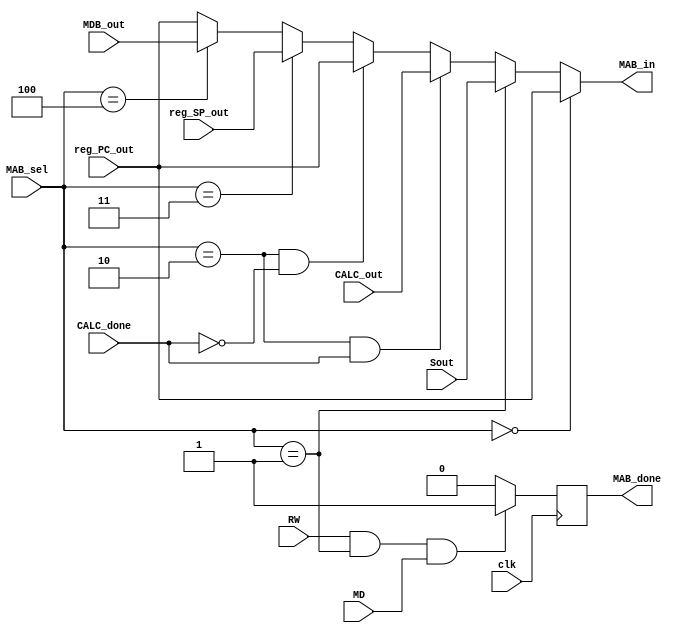
module mux_mab
  (input         clk,
   input         RW, MD, 
   input [15:0]  reg_PC_out, reg_SP_out, MDB_out, CALC_out, Sout,
   input [2:0]   MAB_sel,
   input         CALC_done,
   output reg    MAB_done,
   output [15:0] MAB_in);

   // MAB_sel TABLE:
   // 0: PC -> MAB         1: Sout -> MAB
   // 2: CALC_OUT -> MAB   3: SP -> MAB
   // 4: MDB_out -> MAB   

   assign MAB_in =
                  (MAB_sel == 3'h0)               ? reg_PC_out :
                  (MAB_sel == 3'h1)               ? Sout       :
                  (MAB_sel == 3'h2) && CALC_done  ? CALC_out   :
                  (MAB_sel == 3'h2) && ~CALC_done ? reg_PC_out :
                  // SP for RETI
                  (MAB_sel == 3'h3)               ? reg_SP_out : 
                  // MDB_out for RST_VEC and RETI. Implement later.
                  (MAB_sel == 3'h4)               ? MDB_out    : reg_PC_out;

   initial MAB_done <= 0;

   always @ (posedge clk)
     MAB_done <= (RW && (MAB_sel == 3'h1) && (^MD)) ? 1 : 0;

endmodule